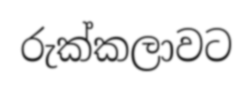
රුක්කලාවට